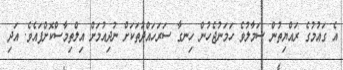
އެ ގައުމުގެ ރައްޔިތުން ސަމާލުވެ ހަމަނުޖެހުން ހިނގާ ސަރަހައްދުތަކަށް ނުދިއުމަށް އިލްތިމާސްކޮށްފައެވެ. އަދި